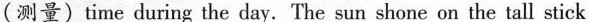
(测量) time during the day. The sun shone on the tall stick